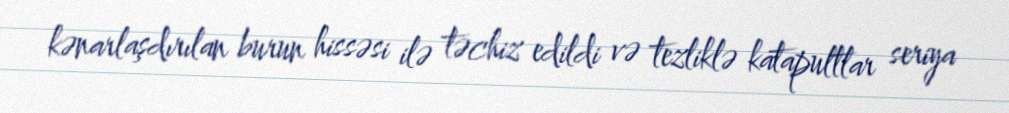
kənarlaşdırılan burun hissəsi ilə təchiz edildi və tezliklə katapultlar seriya